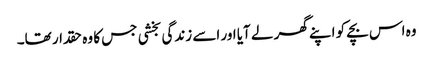
وہ اس بچے کو اپنے گھر لے آیا اور اسے زندگی بخشی جس کا وہ حقدار تھا۔